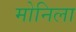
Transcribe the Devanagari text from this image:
मोनिला